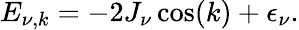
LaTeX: E_{\nu,k}=-2J_{\nu}\cos(k)+\epsilon_{\nu}.